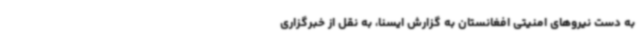
به دست نیروهای امنیتی افغانستان به گزارش ایسنا، به نقل از خبرگزاری